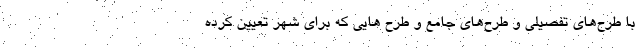
با طرح‌های تفصیلی و طرح‌های جامع و طرح هایی که برای شهر تعیین کرده